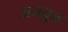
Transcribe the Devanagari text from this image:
जनवुन